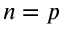
n = p